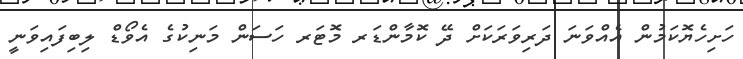
ހަށިހެޔޮކަމުން އެއްވަނަ ދަރިވަރަކަށް ދޭ ކޮމާންޑަރ މޮޓަރ ހަސަން މަނިކުގެ އެވޯޑް ލިބިފައިވަނީ